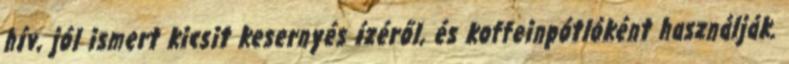
hív, jól ismert kicsit kesernyés ízéről, és koffeinpótlóként használják.